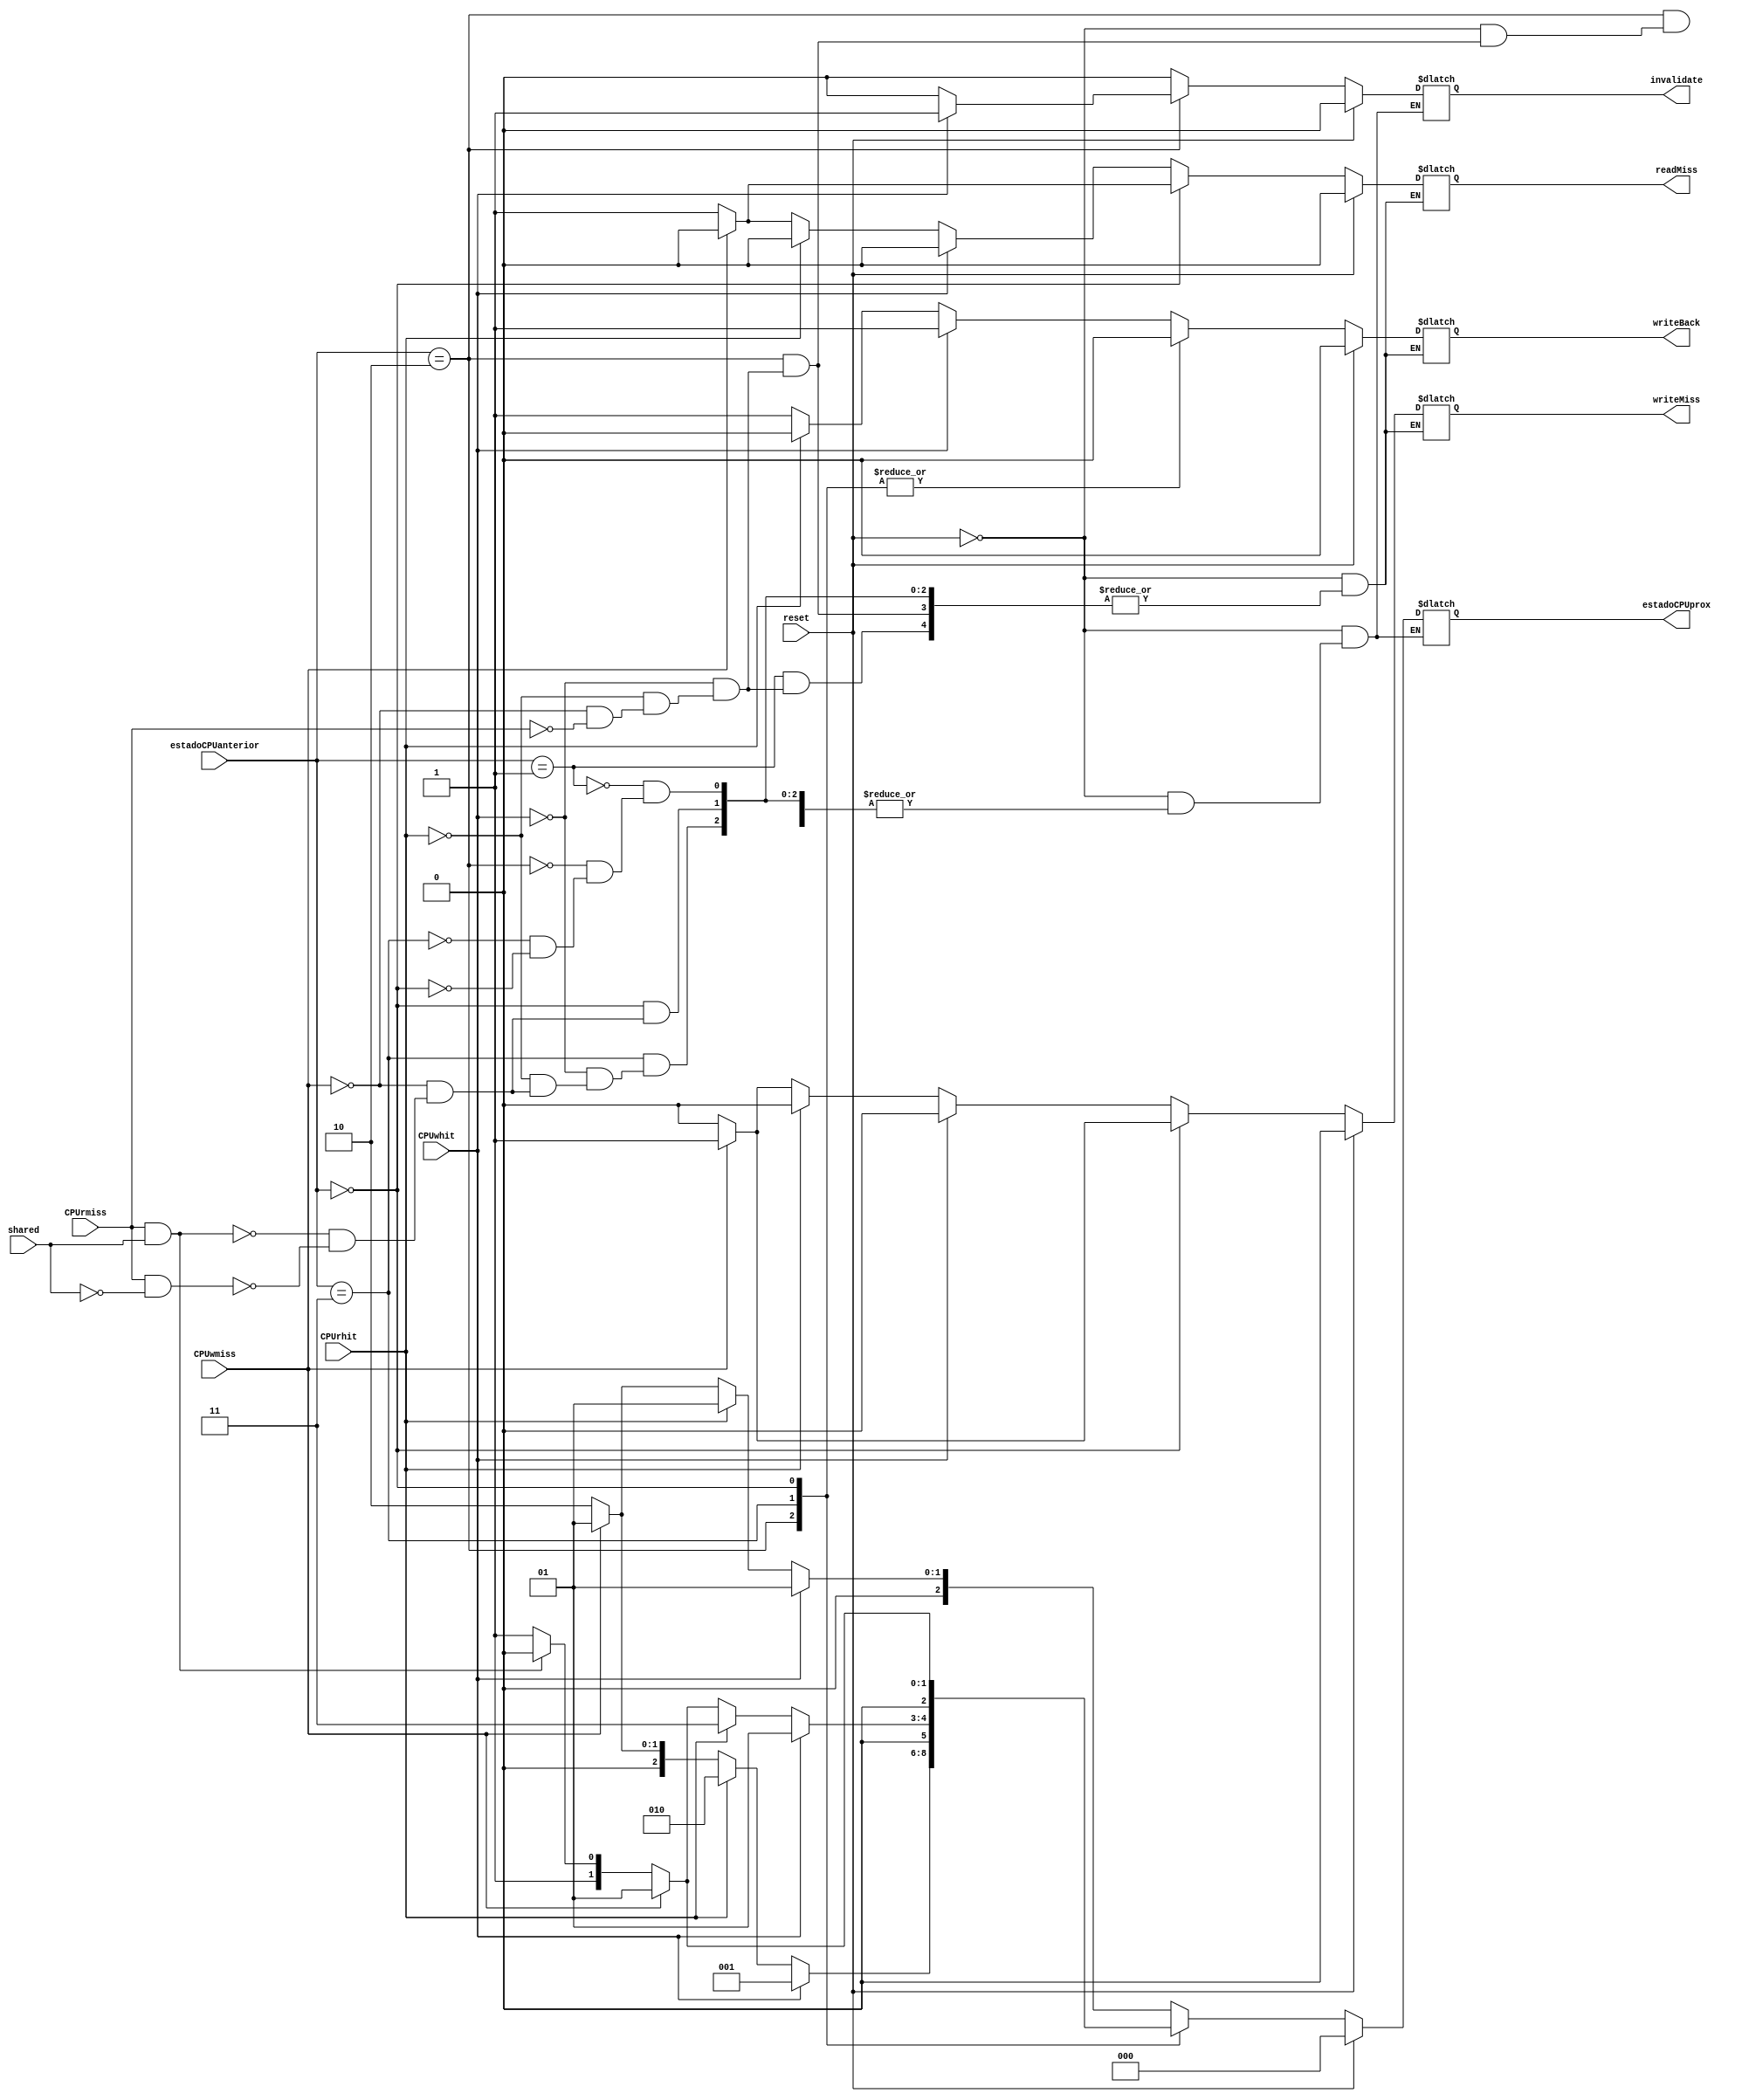
module maquinaMESIcpu(estadoCPUanterior, CPUwhit, CPUrhit, CPUwmiss, CPUrmiss, estadoCPUprox, readMiss, writeMiss, invalidate, shared, writeBack, reset);

	input [2:0] estadoCPUanterior;
	input CPUwhit, CPUrhit, CPUwmiss, CPUrmiss, shared, reset;
	
	output reg [2:0] estadoCPUprox;
	output reg readMiss, writeMiss, invalidate, writeBack;
	
	//INVALID = 3'b000
	//MODIFIED = 3'b001
	//SHARED = 3'b010
	//EXCLUSIVE = 3'b011
	
	initial begin
		estadoCPUprox <= 3'b000;	//INVALID
		invalidate <= 1'b0;
		readMiss <= 1'b0;
		writeMiss <= 1'b0;
		writeBack <= 1'b0;
	end
	
	always@(*) 
	begin
		if(reset == 1'b1)
		begin
			estadoCPUprox <= 3'b000;	//INVALID
			invalidate <= 1'b0;
			readMiss <= 1'b0;
			writeMiss <= 1'b0;
			writeBack <= 1'b0;
		end
		else begin
			case(estadoCPUanterior)
				3'b001:	//MODIFIED
				begin
					if(CPUwhit == 1'b1)
					begin
						estadoCPUprox <= 3'b001;		//MODIFIED
						invalidate <= 1'b0;
						writeMiss <= 1'b0;
						readMiss <= 1'b0;
						writeBack <= 1'b1;
					end
					
					else if(CPUrhit == 1'b1)
					begin
						estadoCPUprox <= 3'b001;		//MODIFIED
						invalidate <= 1'b0;
						writeMiss <= 1'b0;
						readMiss <= 1'b0;
						writeBack <= 1'b0;
					end
					
					else if(CPUwmiss == 1'b1)
					begin
						estadoCPUprox <= 3'b001;		//MODIFIED
						invalidate <= 1'b0;
						writeMiss <= 1'b1;
						readMiss <= 1'b0;
						writeBack <= 1'b1;
					end
					
					else if(CPUrmiss == 1'b1)
					begin
						estadoCPUprox <= 3'b010;		//SHARED
						invalidate <= 1'b0;
						writeMiss <= 1'b0;
						readMiss <= 1'b1;
						writeBack <= 1'b1;
					end
					
				end
				
				3'b010:	//SHARED
				begin
					if(CPUwhit == 1'b1)
					begin
						estadoCPUprox = 3'b001; 	//MODIFIED
						invalidate = 1'b1;
						writeMiss <= 1'b0;
						readMiss <= 1'b0;
						writeBack <= 1'b0;
					end
					
					else if(CPUrhit == 1'b1)
					begin
						estadoCPUprox <= 3'b010;		//SHARED
						invalidate <= 1'b0;
						writeMiss <= 1'b0;
						readMiss <= 1'b0;
						writeBack <= 1'b0;
					end
					
					else if(CPUwmiss == 1'b1)
					begin
						estadoCPUprox <= 3'b001;		//MODIFIED
						invalidate <= 1'b0;
						writeMiss <= 1'b1;
						readMiss <= 1'b0;
						writeBack <= 1'b0;
					end
					
					else if(CPUrmiss == 1'b1)
					begin
						estadoCPUprox <= 3'b010;		//SHARED
						invalidate <= 1'b0;
						writeMiss <= 1'b0;
						readMiss <= 1'b1;
						writeBack <= 1'b0;
					end

				end
				
				3'b011:	//EXCLUSIVE
				begin
					if(CPUwhit == 1'b1)
					begin
						estadoCPUprox <= 3'b001;		//MODIFIED
						invalidate <= 1'b0;
						writeMiss <= 1'b0;
						readMiss <= 1'b0;
						writeBack <= 1'b0;
					end	
					
					else if(CPUrhit == 1'b1)
					begin
						estadoCPUprox <= 3'b011;		//EXCLUSIVE
						invalidate <= 1'b0;
						writeMiss <= 1'b0;
						readMiss <= 1'b0;
						writeBack <= 1'b0;
					end
					
					else if(CPUwmiss == 1'b1)
					begin
						estadoCPUprox <= 3'b001;		//MODIFIED
						invalidate <= 1'b0;
						writeMiss <= 1'b1;
						readMiss <= 1'b0;
						writeBack <= 1'b0;
					end
					
					else if(CPUrmiss == 1'b1 && shared == 1'b1)
					begin
						estadoCPUprox <= 3'b010;		//SHARED
						invalidate <= 1'b0;
						writeMiss <= 1'b0;
						readMiss <= 1'b1;
						writeBack <= 1'b0;
					end
					
					else if(CPUrmiss == 1'b1 && shared == 1'b0)
					begin
						estadoCPUprox <= 3'b011;		//EXCLUSIVE
						invalidate <= 1'b0;
						writeMiss <= 1'b0;
						readMiss <= 1'b1;
						writeBack <= 1'b0;
					end
				end
				
				3'b000:	//INVALID
				begin
					if(CPUwmiss == 1'b1)
					begin
						estadoCPUprox <= 3'b001;	//MODIFIED
						invalidate <= 1'b0;
						readMiss <= 1'b0;
						writeMiss <= 1'b1;
						writeBack <= 1'b0;
					end
					
					else if(CPUrmiss == 1'b1 && shared == 1'b1)
					begin
						estadoCPUprox <= 3'b010;	//SHARED
						invalidate <= 1'b0;
						writeMiss <= 1'b0;
						readMiss <= 1'b1;
						writeBack <= 1'b0;
					end
					
					else if(CPUrmiss == 1'b1 && shared == 1'b0)
					begin
						estadoCPUprox <= 3'b011;	//EXCLUSIVE
						invalidate <= 1'b0;
						writeMiss <= 1'b0;
						readMiss <= 1'b1;
						writeBack <= 1'b0;
					end
				end
			endcase

		end
		
	end

endmodule